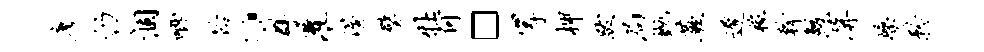
廖仍涸唧恰。群灌渥璧牡何□岸柙跋局抛蕨迟稼干鲛屏燥矜